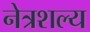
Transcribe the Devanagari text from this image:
नेत्रशल्य